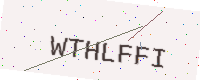
Text: WTHLFFI